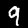
Label: 9